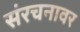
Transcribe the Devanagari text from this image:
संरचनावर